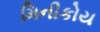
મિનીકોય